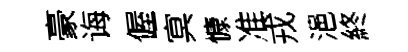
豪诲偓㝠慷准戎浥終